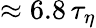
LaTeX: \approx 6.8\, \tau_{\eta}